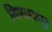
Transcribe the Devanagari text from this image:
विमलासूर